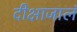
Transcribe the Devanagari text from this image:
दीक्षाजालं